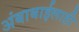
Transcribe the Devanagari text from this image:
अंबाबाईलाही